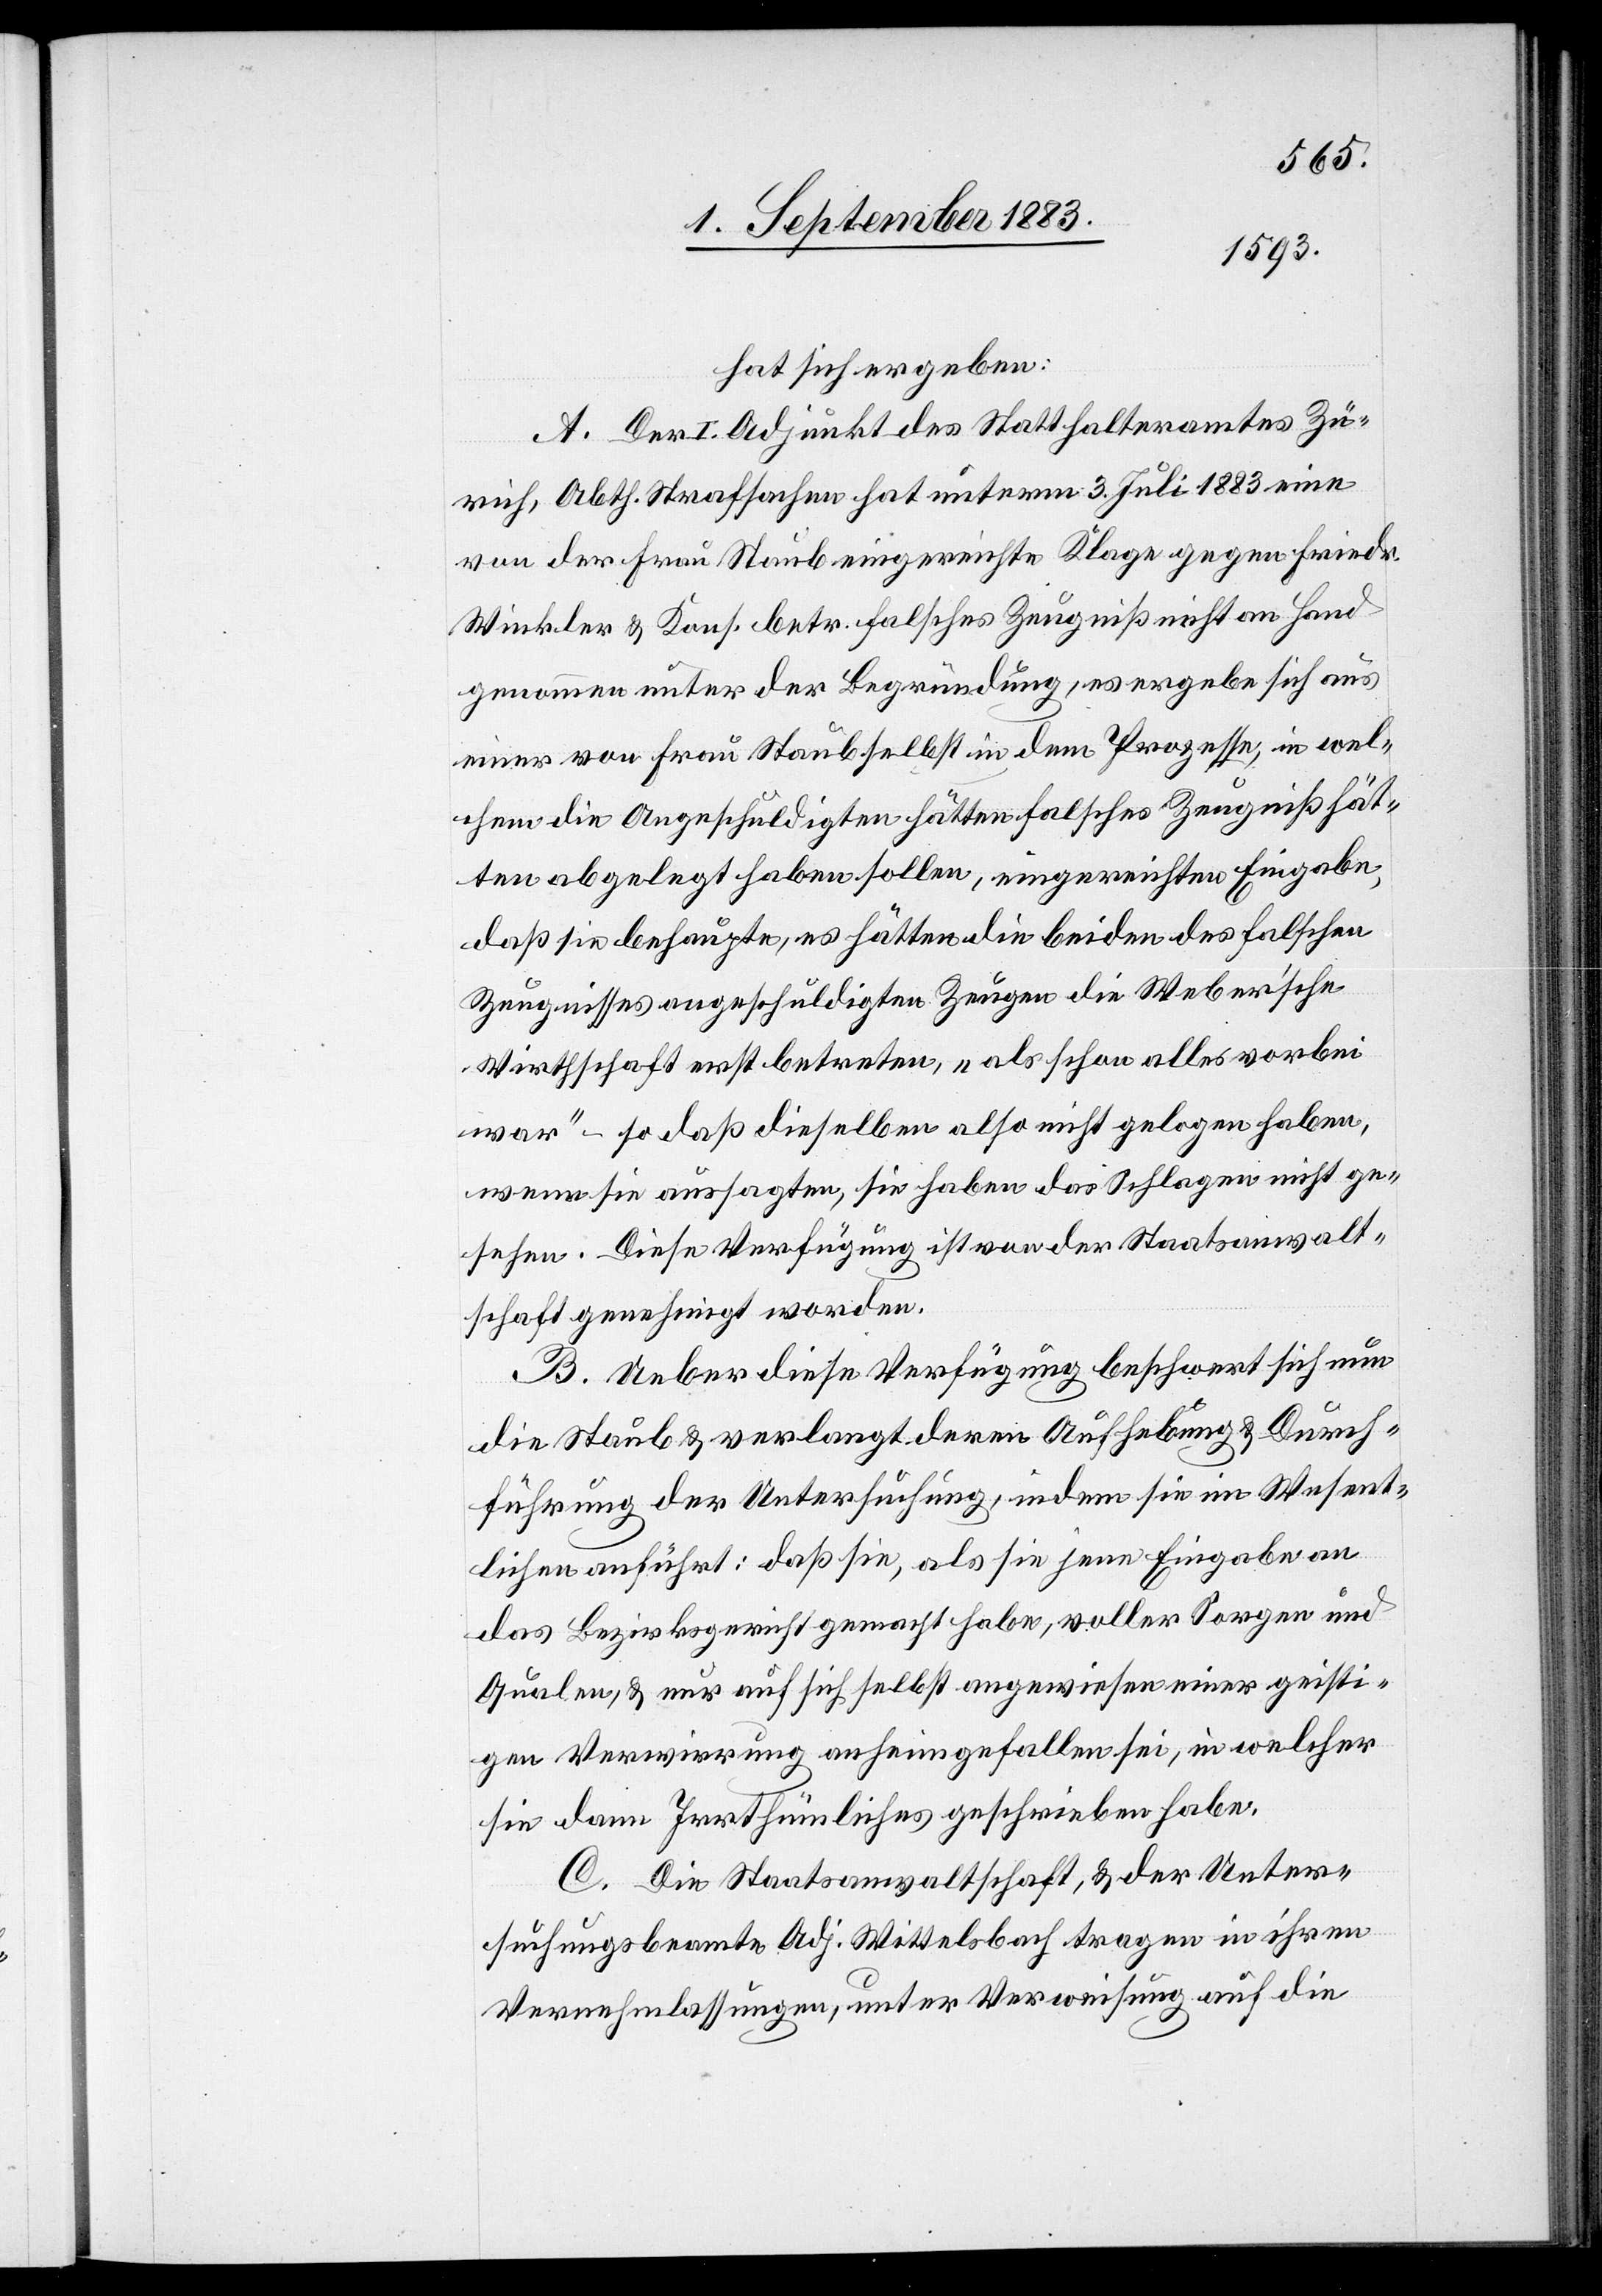
hat sich ergeben:
A. Der I. Adjunkt des Statthalteramtes Zü¬
rich, Abth. Strafsachen hat unterm 3. Juli 1883 eine
von der Frau Staub eingereichte Klage gegen Friedr.
Winkler & Kons. betr. falsches Zeugniß nicht an Hand
genommen unter der Begründung, es ergebe sich aus
einer von Frau Staub selbst in dem Prozesse, in wel¬
chem die Angeschuldigten hätten falsches Zeugniß hätten
abgelegt haben sollen, eingereichten Eingabe,
daß die behaupte, es hätten die beiden des falschen
Zeugnisses angeschuldigten Zeugen die Weber’sche
Wirthschaft erst betreten, „als schon alles vorbei
war“ – so daß dieselben also nicht gelogen haben,
wenn sie aussagten, sie haben das Schlagen nicht ge¬
sehen. Die Verfügung ist von der Staatsanwalt¬
schaft genehmigt worden.
B. Ueber diese Verfügung beschwert sich nun
die Staub & verlangt deren Aufhebung & Durch¬
führung der Untersuchung, indem sie im Wesent¬
lichen anführt: daß sie, als sie jene Eingabe an
das Bezirksgericht gemacht habe, voller Sorgen und
Qualen, & nur auf sich selbst angewiesen einer geisti¬
gen Verwirrung anheimgefallen sei, in welcher
sie dann Irrthümliches geschrieben habe.
C. Die Staatsanwaltschaft, & der Unter¬
suchungsbeamte Adj. Wittelsbach tragen in ihren
Vernehmlassungen, unter Verweisung auf die